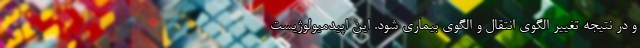
و در نتیجه تغییر الگوی انتقال و الگوی بیماری شود. این اپیدمیولوژیست